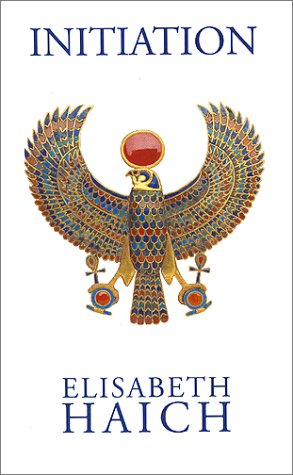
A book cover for Initiation; Elisabeth Haich; Biographies & Memoirs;